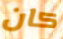
كان